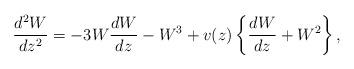
LaTeX: \begin{align*}\frac{d^2W}{dz^2}= -3W\frac{dW}{dz} - W^3 + v(z) \left\{\frac{dW}{dz} + W^2\right\},\end{align*}